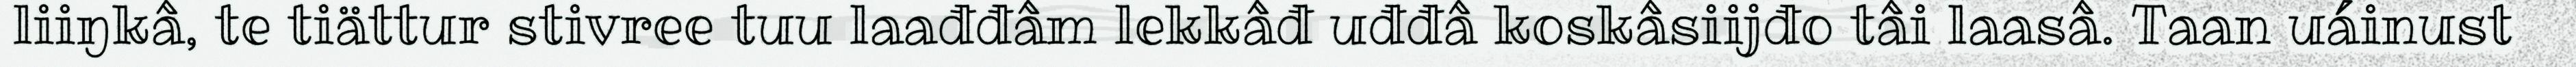
liiŋkâ, te tiättur stivree tuu laađđâm lekkâđ uđđâ koskâsiijđo tâi laasâ. Taan uáinust